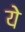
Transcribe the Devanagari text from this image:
येे